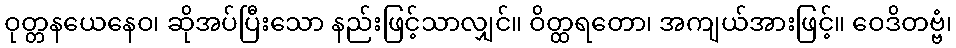
ဝုတ္တနယေနေဝ၊ ဆိုအပ်ပြီးသော နည်းဖြင့်သာလျှင်။ ဝိတ္ထရတော၊ အကျယ်အားဖြင့်။ ဝေဒိတဗ္ဗံ၊